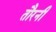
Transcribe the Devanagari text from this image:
तौरनी